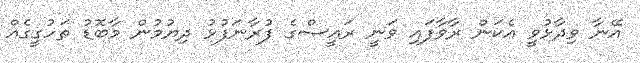
އޭނާ ވިދާޅުވީ އެކަން ރާވާފައި ވަނީ ރައީސްގެ ފުރާނަފުޅު ދިޔުމުން މާބޮޑު ތަހުގީގެއް